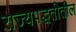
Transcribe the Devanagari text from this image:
राज्यपद्धतीतील